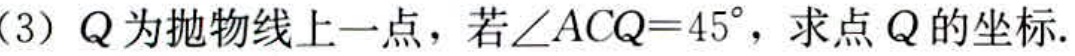
(3) \(Q\)为抛物线上一点，若\(\angle ACQ = 45^{\circ}\)，求点\(Q\)的坐标.